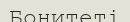
Бонитеті